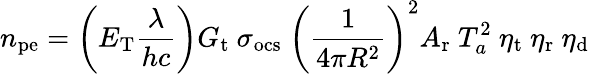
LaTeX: n_{\mathrm{pe}}=\left(E_{\mathrm{T}}\frac{\lambda}{hc}\right)G_{\mathrm{t}}~\sigma_{\mathrm{ocs}}~\left(\frac{1}{4\pi R^{2}}\right)^{2}A_{\mathrm{r}}~T_{a}^{2}~\eta_{\mathrm{t}}~\eta_{\mathrm{r}}~\eta_{\mathrm{d}}